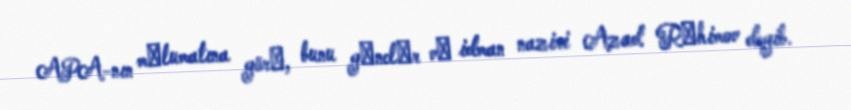
APA-nın mәlumatına görә, bunu gәnclәr vә idman naziri Azad Rәhimov deyib.